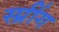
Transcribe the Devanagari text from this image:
स्प्रींग